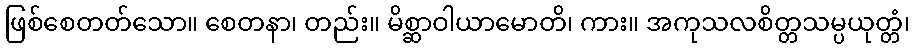
ဖြစ်စေတတ်သော။ စေတနာ၊ တည်း။ မိစ္ဆာဝါယာမောတိ၊ ကား။ အကုသလစိတ္တသမ္ပယုတ္တံ၊